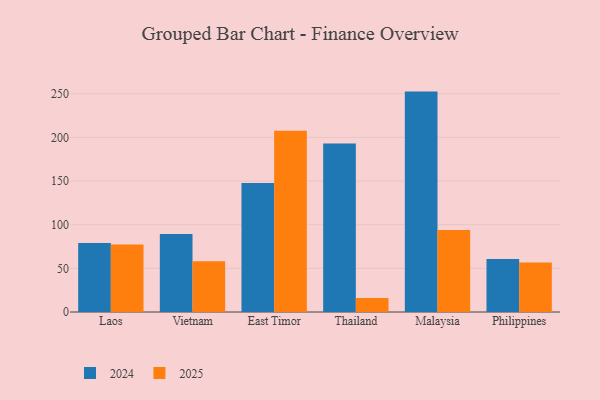
{"axis": {"x": "Country", "y": "Website Visitors"}, "legend": ["2024", "2025"], "data": [{"x": "Laos", "y": 77.2, "type": "2025"}, {"x": "Laos", "y": 79.0, "type": "2024"}, {"x": "Vietnam", "y": 58.2, "type": "2025"}, {"x": "Vietnam", "y": 89.4, "type": "2024"}, {"x": "East Timor", "y": 207.7, "type": "2025"}, {"x": "East Timor", "y": 147.8, "type": "2024"}, {"x": "Thailand", "y": 16.0, "type": "2025"}, {"x": "Thailand", "y": 193.0, "type": "2024"}, {"x": "Malaysia", "y": 93.8, "type": "2025"}, {"x": "Malaysia", "y": 252.5, "type": "2024"}, {"x": "Philippines", "y": 56.7, "type": "2025"}, {"x": "Philippines", "y": 60.7, "type": "2024"}]}